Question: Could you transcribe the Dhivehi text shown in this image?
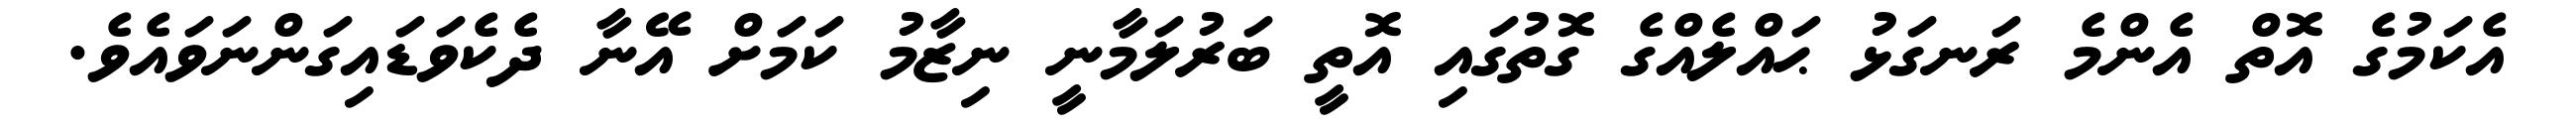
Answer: އެކަމުގެ އޮތް އެންމެ ރަނގަޅު ޙައްލެއްގެ ގޮތުގައި އޮތީ ބަރުލަމާނީ ނިޒާމު ކަމަށް އޭނާ ދެކެވަޑައިގަންނަވައެވެ.